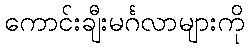
ကောင်းချီးမင်္ဂလာများကို